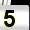
Digit: 5